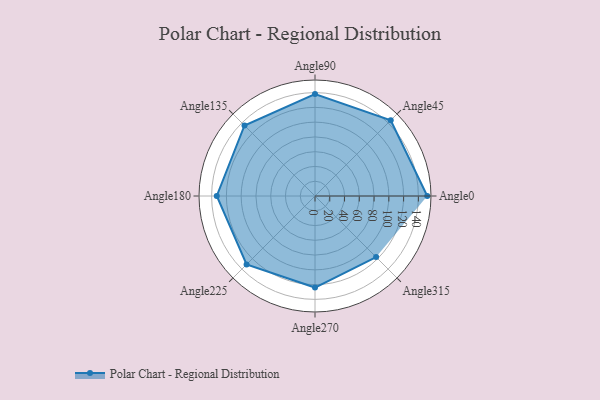
{"axis": {"x": "Angle", "y": "Radius"}, "legend": [""], "data": [{"x": "Angle0", "y": 152.0, "type": ""}, {"x": "Angle45", "y": 145.0, "type": ""}, {"x": "Angle90", "y": 138.0, "type": ""}, {"x": "Angle135", "y": 135.0, "type": ""}, {"x": "Angle180", "y": 133.0, "type": ""}, {"x": "Angle225", "y": 131.0, "type": ""}, {"x": "Angle270", "y": 124.0, "type": ""}, {"x": "Angle315", "y": 117.0, "type": ""}]}